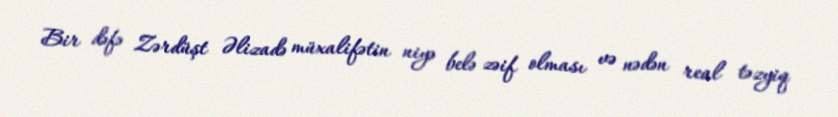
Bir dəfə Zərdüşt Əlizadə müxalifətin niyə belə zəif olması və nədən real təzyiq